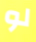
لو